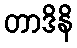
တာဒိနိ